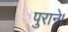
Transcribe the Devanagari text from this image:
पुराने।